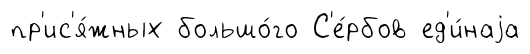
пр'ис'я́жных большо́го С'е́рбов ед'и́наjа